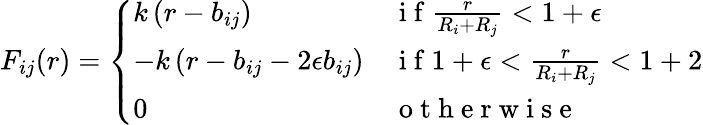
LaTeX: F_{ij}(r)=\left\{ \begin{array}{ll}{k\left(r-b_{ij}\right)}&{\mathrm{~i~f~}\frac{r}{R_{i}+R_{j}}<1+\epsilon}\\ {-k\left(r-b_{ij}-2\epsilon b_{ij}\right)}&{\mathrm{~i~f~}1+\epsilon<\frac{r}{R_{i}+R_{j}}<1+2}\\ {0}&{\mathrm{~o~t~h~e~r~w~i~s~e~}}\end{array}\right.